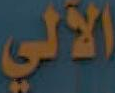
الآلي